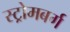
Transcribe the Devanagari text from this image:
स्ट्रोमबर्ग